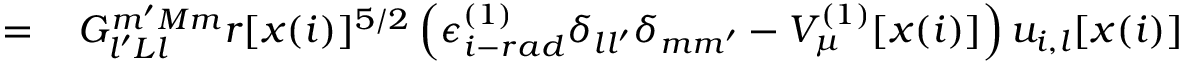
\begin{array} { r l } { = \, } & { { } G _ { l ^ { \prime } L l } ^ { m ^ { \prime } M m } r [ x ( i ) ] ^ { 5 / 2 } \left( \epsilon _ { i - r a d } ^ { ( 1 ) } \delta _ { l l ^ { \prime } } \delta _ { m m ^ { \prime } } - V _ { \mu } ^ { ( 1 ) } [ x ( i ) ] \right) u _ { i , l } [ x ( i ) ] } \end{array}